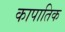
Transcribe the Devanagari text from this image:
कापातिक